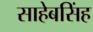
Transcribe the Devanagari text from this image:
साहेबसिंह